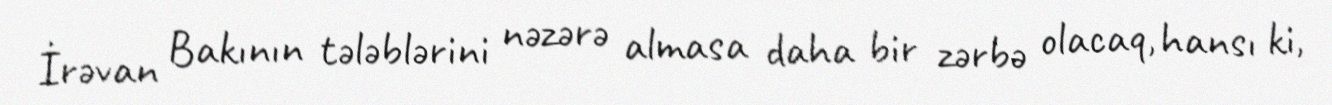
İrəvan Bakının tələblərini nəzərə almasa daha bir zərbə olacaq, hansı ki,